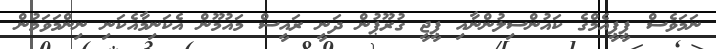
ނަމަވެސް ޕީޕީއެމްގެ ކައުންސިލުންނާއި ޕީޖީ ގުރޫޕުން ދަނީ ރައީސް މައުމޫން އެކަނިމާއެކަނި ނިންމަވަމުން